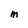
Character: M